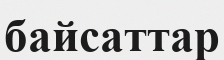
байсаттар